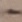
Text: -